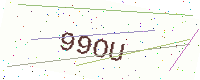
Text: 99OU